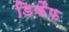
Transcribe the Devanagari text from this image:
डिकैफ